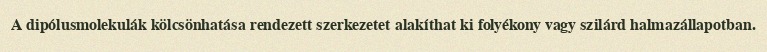
A dipólusmolekulák kölcsönhatása rendezett szerkezetet alakíthat ki folyékony vagy szilárd halmazállapotban.